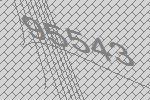
95543